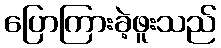
ပြောကြားခဲ့ဖူးသည်